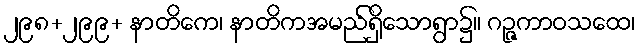
၂၉၈+၂၉၉+ နာတိကေ၊ နာတိကအမည်ရှိသောရွာ၌။ ဂဉ္ဇကာဝသထေ၊